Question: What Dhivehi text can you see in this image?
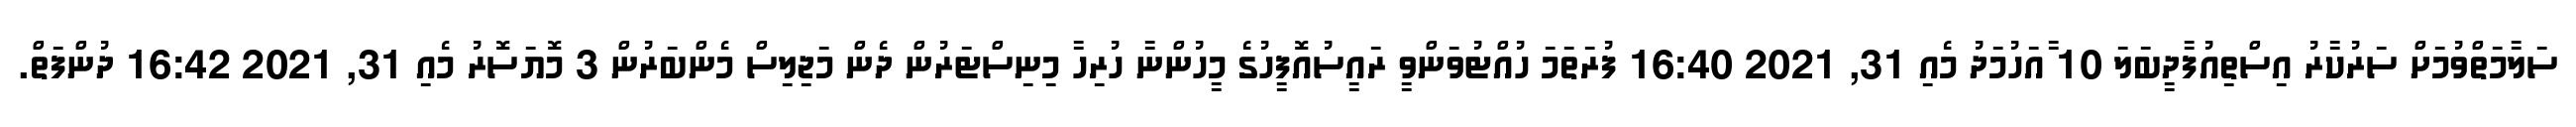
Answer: ސަލާމަތްވުމަށް ސަރުކާރު އިސްތިއުފާދީބަލަ 10 ާއަހުމަދު މެއި 31, 2021 16:40 ފުރަތަމަ ހުއްޓުވަންވީ ރައީސުއޮފީހުގެ މީހުންނާ ހުރިހާ މިނިސްޓަރުން ދެން މަޖިލިސް މެންބަރުން 3 މޮޔަސޮރު މެއި 31, 2021 16:42 ދުންފަތް.